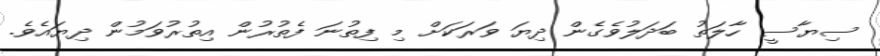
ސިޔާސީ ހާލަތު ބަދަލުވެގެން ދިޔަ ވަރަކަށް މި ފިތުނަ ފެތުރުން އިތުރުވަމުން ދިޔައެވެ.